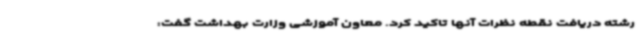
رشته دریافت نقطه نظرات آنها تاکید کرد. معاون آموزشی وزارت بهداشت گفت: